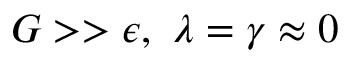
G > > \epsilon , \ \lambda = \gamma \approx 0